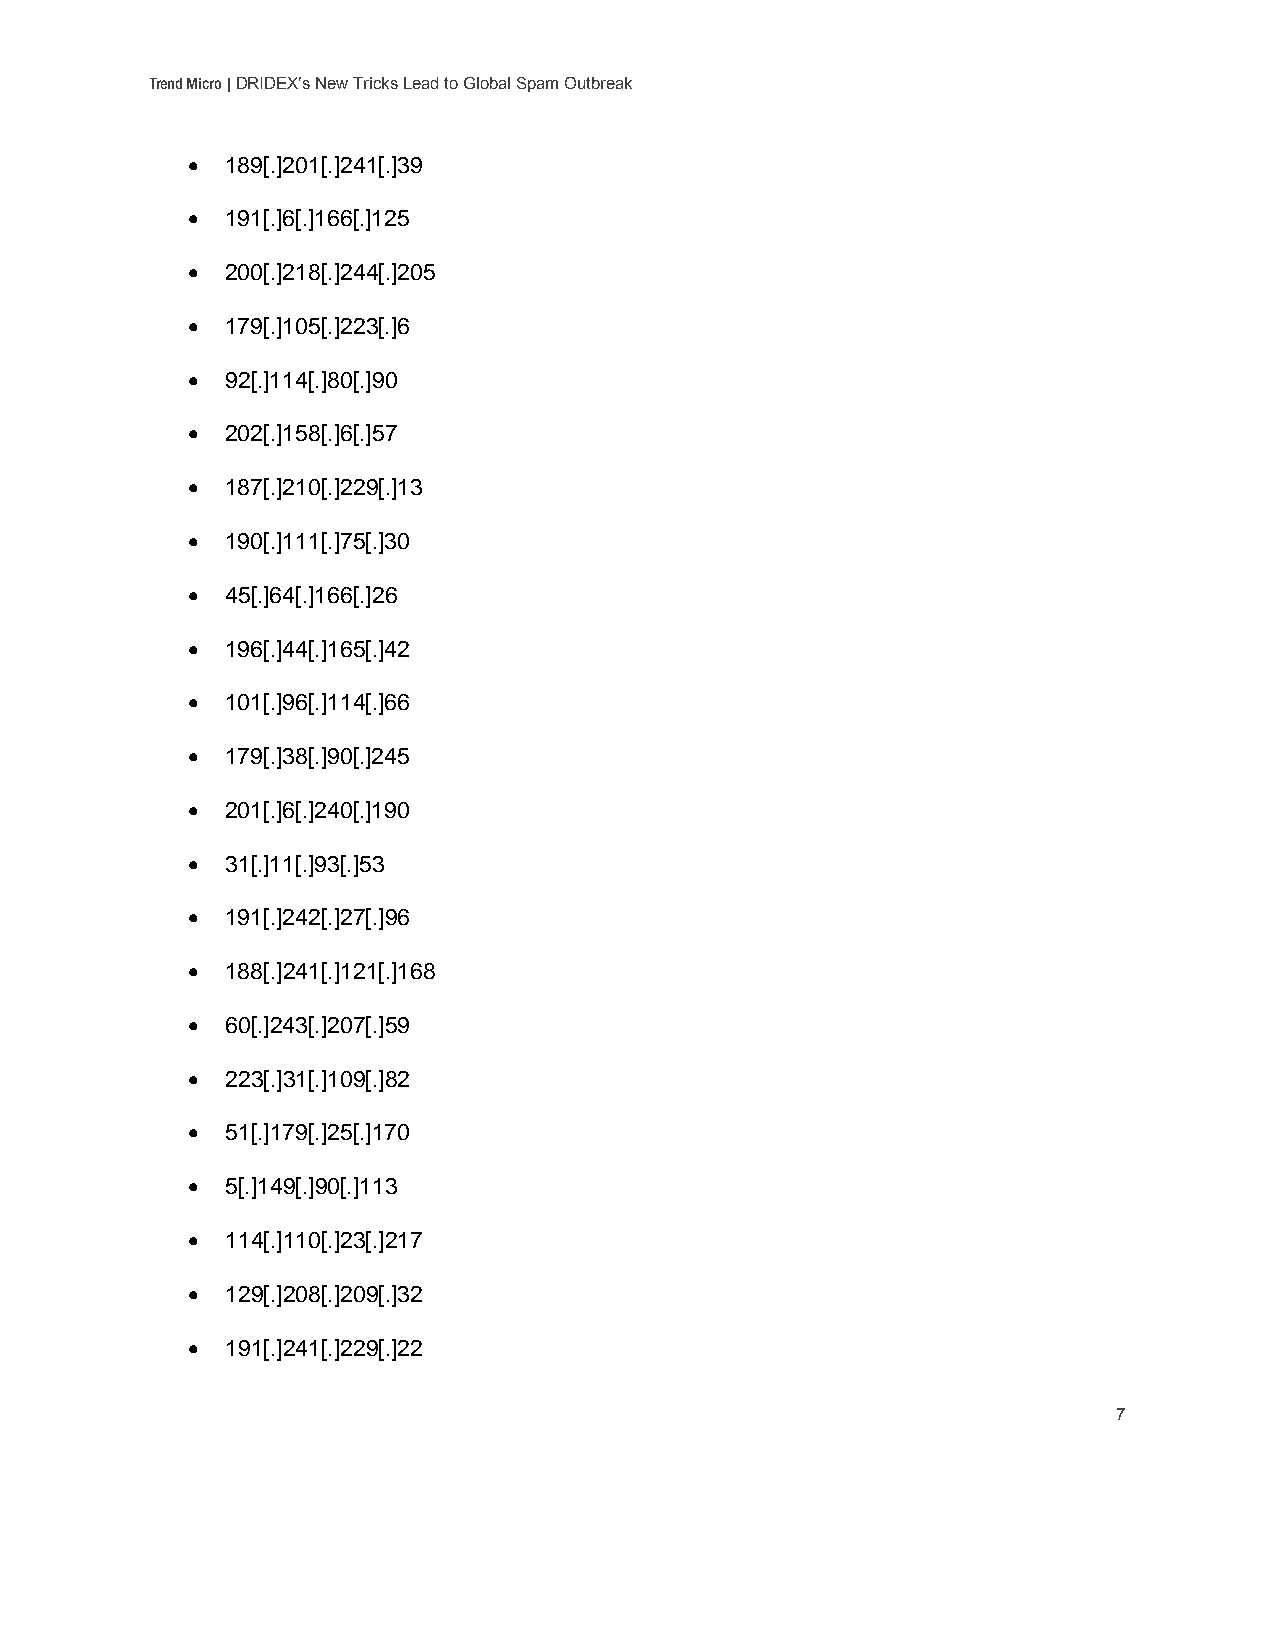
Trend Micro | DRIDEX’s New Tricks Lead to Global Spam Outbreak
   189[.]201[.]241[.]39
   191[.]6[.]166[.]125
   200[.]218[.]244[.]205
   179[.]105[.]223[.]6
   92[.]114[.]80[.]90
   202[.]158[.]6[.]57
   187[.]210[.]229[.]13
   190[.]111[.]75[.]30
   45[.]64[.]166[.]26
   196[.]44[.]165[.]42
   101[.]96[.]114[.]66
   179[.]38[.]90[.]245
   201[.]6[.]240[.]190
   31[.]11[.]93[.]53
   191[.]242[.]27[.]96
   188[.]241[.]121[.]168
   60[.]243[.]207[.]59
   223[.]31[.]109[.]82
   51[.]179[.]25[.]170
   5[.]149[.]90[.]113
   114[.]110[.]23[.]217
   129[.]208[.]209[.]32
   191[.]241[.]229[.]22
 7